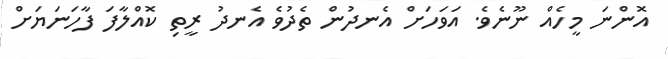
އޮންނަ މީހެއް ނޫނެވެ. އަވަހަށް އެނދުން ތެދުވެ އެނދު ރީތި ކޮއްލާފަ ފާހަނަޔަށް